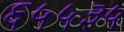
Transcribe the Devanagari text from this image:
६५५३५